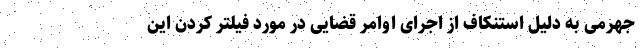
جهرمی به دلیل استنکاف از اجرای اوامر قضایی در مورد فیلتر کردن این